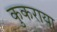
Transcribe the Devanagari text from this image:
कुकराया